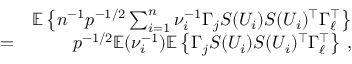
\begin{array} { r l r } & { } & { { \mathbb { E } } \left\{ n ^ { - 1 } p ^ { - 1 / 2 } \sum _ { i = 1 } ^ { n } \nu _ { i } ^ { - 1 } \Gamma _ { j } S ( U _ { i } ) S ( U _ { i } ) ^ { \top } \Gamma _ { \ell } ^ { \top } \right\} } \\ & { = } & { p ^ { - 1 / 2 } { \mathbb { E } } ( \nu _ { i } ^ { - 1 } ) { \mathbb { E } } \left\{ \Gamma _ { j } S ( U _ { i } ) S ( U _ { i } ) ^ { \top } \Gamma _ { \ell } ^ { \top } \right\} \, , } \end{array}